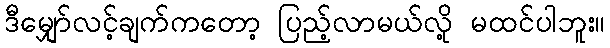
ဒီမျှော်လင့်ချက်ကတော့ ပြည့်လာမယ်လို့ မထင်ပါဘူး။